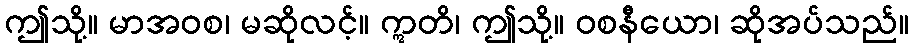
ဤသို့။ မာအဝစ၊ မဆိုလင့်။ ဣတိ၊ ဤသို့။ ဝစနီယော၊ ဆိုအပ်သည်။